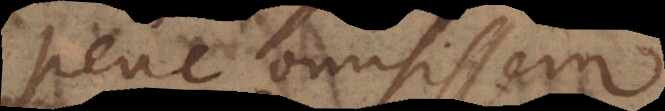
Pene omisissem